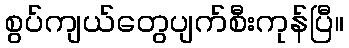
စွပ်ကျယ်တွေပျက်စီးကုန်ပြီ။